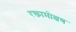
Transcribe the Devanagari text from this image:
रक्तामोक्षण